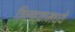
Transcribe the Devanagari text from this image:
जिल्‍ह्यामध्‍ये